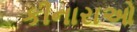
કીનારાઓ